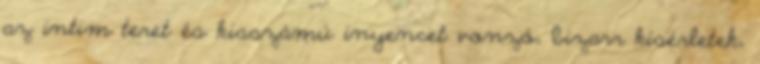
az intim teret és kisszámú ínyencet vonzó, bizarr kísérletek,